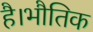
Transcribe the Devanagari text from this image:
है।भौतिक